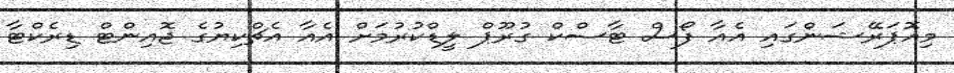
މިއޮޕަރޭޝަންގައި އެއާ ފޯސް ޓާސްކް ގުރޫޕް ލީޑްކުރުމަށް އެއާ އެޗްކިޔުގެ ޖޮއިންޓް ޑިރެކްޓާ